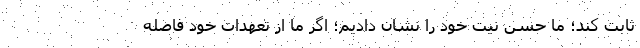
ثابت کند؛ ما حسن نیت خود را نشان دادیم؛ اگر ما از تعهدات خود فاصله